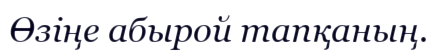
Өзіңе абырой тапқаның.